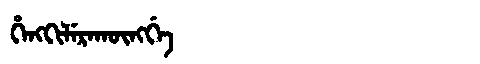
Manchu: ᡥᡝᠩᡴᡳᠯᡝᡵᠠᡴᡡᠩᡤᡝ
Romanization: HENGKILERAKŪNGGE